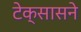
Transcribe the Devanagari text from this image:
टेक्सासने